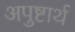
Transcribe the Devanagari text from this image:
अपुष्टार्थ